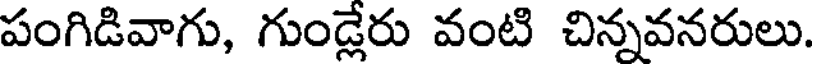
పంగిడివాగు, గుండ్లేరు వంటి చిన్నవనరులు.